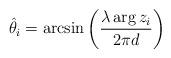
LaTeX: \begin{align*} \hat{\theta}_i=\arcsin \left(\frac{\lambda \arg z_i}{2 \pi d}\right)\end{align*}